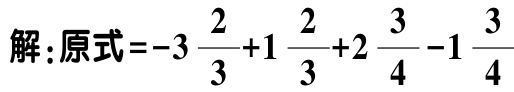
解：原式\(=-3\frac{2}{3}+1\frac{2}{3}+2\frac{3}{4}-1\frac{3}{4}\)